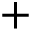
+